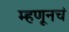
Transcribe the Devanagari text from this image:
म्हणूनचं